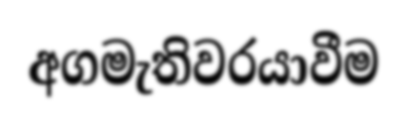
අගමැතිවරයාවීම